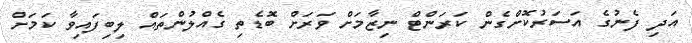
އަދި ފެނުގެ އަސަރުކޮށްގެން ކަރަންޓް ނިޒާމަށް ވަރަށް ބޮޑެތި ގެއްލުންތައް ލިބިފައިވާ ކަމަށް